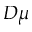
{ \cal D } \mu